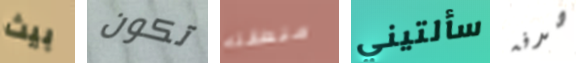
بيث تكون منطقته سألتيني صدفه